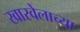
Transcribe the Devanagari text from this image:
खारवेलाच्या